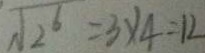
\sqrt { 2 ^ { 6 } } = 3 \times 4 = 1 2